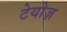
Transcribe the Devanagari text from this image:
टेयोज़